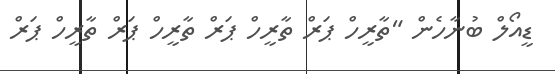
ޑީއޯލް ބުނާހެން "ތާރީހް ޕަރް ތާރީހް ޕަރް ތާރީހް ޕަރް ތާރީހް ޕަރް